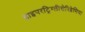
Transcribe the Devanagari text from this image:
हाइपरट्रिग्लीसेरिडेमिया